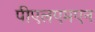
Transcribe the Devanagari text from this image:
पीएलएमएन